Cholera in India, 1862 to 1881
Year: 1862
Disease focus: Cholera
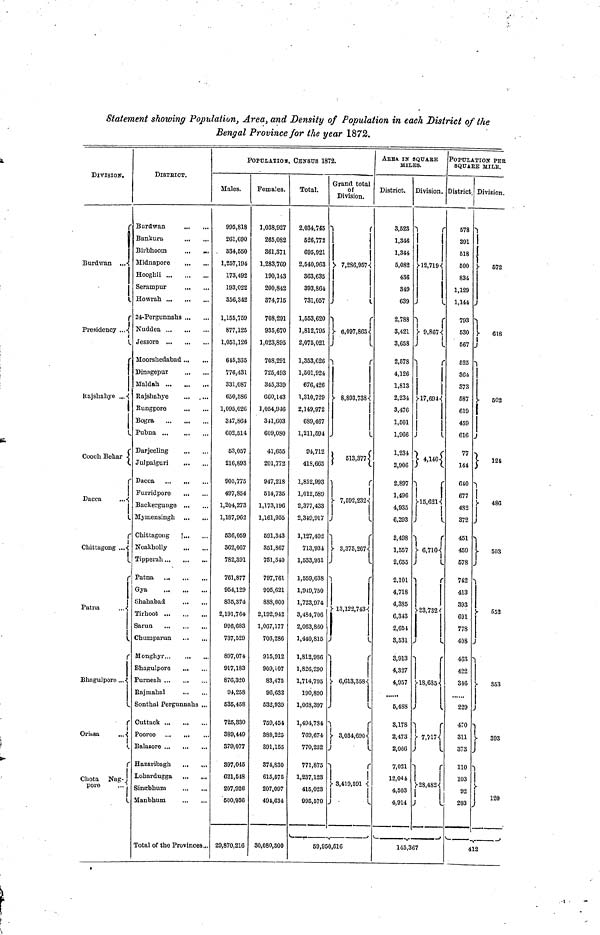
Statement showing Population) Area, and Density of Population in each District of the
Bengal Province for the year 1872.
DIVISION.
Burdwan
Presidency
Rajshahye
Cooch Behar
Dacca
Chittagong
Patna
Bhagulpore
Orissa
Chota
Nag
pore
DISTRICT.
Burdwan
Bankuru
Birbhoom
Midnapore
Hooghli
Serampur
Howrah
24-Pergunnahs
Nuddea
Jessore
Moorshedabad
Dinagepur
Maldah
Rajshahye
Eungpore
Bogra
Pubna
Darjeeling
Julpaiguri
Dacca
Furridpore
Backergunge
Mymensingh
Chittagong
Noakholly
Tipperah
Patna
Gya
Shahabad
Tirhoot
Sarun
Chumparun
Monghyr
Bhagulpore
Purneah
Rajmahal
Sonthal Pergunnahs
Cuttack
Pooree
Balasoro
Hazaribagh
Lobardugga
Sinebhum
Manbhum
Total of the Provinces..
POPULATION, CENSUS 1872.
Males.
995,818
261,690
334,560
1,257,194
173,492
193,022
356,342
1,155,759
877,125
1,051,126
615,335
776,431
331,087
650,586
1,095,026
347,864
602,514
53,057
216,893
905,775
497,854
1,204,273
1,187,962
536,059
362,067
782,391
761,877
954,129
835,374
2,191,764
996,683
737,529
897,074
917,183
876,320
94,258
535,458
725,330
389,449
379,077
397,045
621,548
207,926
500,936
29,870,216
Females.
1,038,927
265,082
361,371
1,283,769
190,143
200,842
374,715
708,291
935,670
1,023,895
708,291
725,493
345,339
660,143
1,054,946
341,603
609,080
41,655
201,772
947,218
514,735
1,173,196
1,161,955
691,343
851,867
751,540
797,761
995,621
888,600
2,192,942
1,067,177
703,286
915,912
909,107
83,475
96,632
632,939
759,454
880,225
891,155
374,830
615,575
207,097
494,634
30,080,800
Total.
2,034,745
626,772
695,921
2,540,963
363,635
393,864
731,057
1,653,620
1,812,795
2,075,021
1,353,626
1,601,924
676,426
1,310,729
2,149,972
689,467
1,211,694
94,712
418,665
1,852,993
1,012,589
2,377,433
2,349,917
1,127,402
713,934
1,533,931
1,559,638
1,949,750
1,723,974
3,484,706
2,063,860
1,440,815
1,812,986
1,826,290
1,714,795
190,890
1,068,397
1,494,784
769,674
770,232
771,875
1,237,123
415,023
995,570
Grand total
of
Division.
7,286,957
6,097,863
8,893,738
613,377
7,592,232
3,375,267
13,122,743
6,613,358
3,034,690
3,419,591
59,950,516
AREA IN SQUARE
MILES.
District.
3,523
1,346
1,344
6,082
436
349
639
2,788
3,421
3,658
2,578
4,126
1,813
2,234
3,476
1,501
1,966
1,234
2,906
2,897
1,496
4,935
6,293
2,498
1,557
2,655
2,101
4,718
4,385
6,343
2,651
3,531
3,913
4,827
4,957
6,488
3,178
2,473
2,066
7,021
12,044
4,503
4,914
Division.
12,719
9,867
17,694
4,140
15,621
6,710
23,732
18,685
7.717
28,482
145,367
POPULATION PER
SQUARE MILK.
District.
578
391
518
500
834
1,129
1,144
793
530
567
525
364
373
587
619
459
616
77
144
610
677
482
372
451
459
578
742
413
393
691
778
408
463
422
346
229
470
311
373
110
103
92
203
Division.
572
618
502
124
486
503
652
353
393
120
413